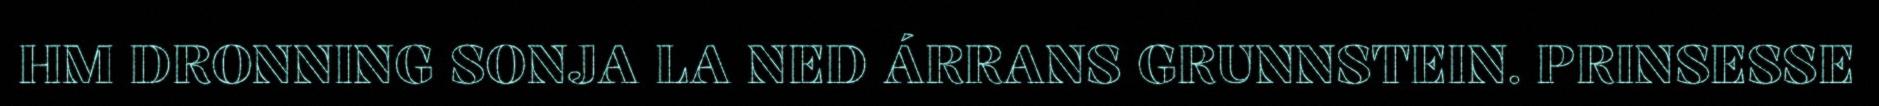
HM DRONNING SONJA LA NED ÁRRANS GRUNNSTEIN. PRINSESSE